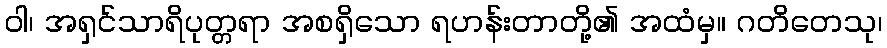
ဝါ၊ အရှင်သာရိပုတ္တရာ အစရှိသော ရဟန်းတာတို့၏ အထံမှ။ ဂတိတေသု၊